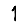
Digit: 1